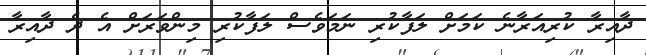
ދާއިރާ ކުރިއަރާނެ ކަމަށް ލަފާކުރި ނަމަވެސް ލަފާކުރި މިންވަރަށް އެ ދެ ދާއިރާ